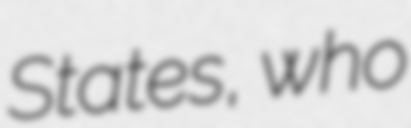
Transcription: States, who